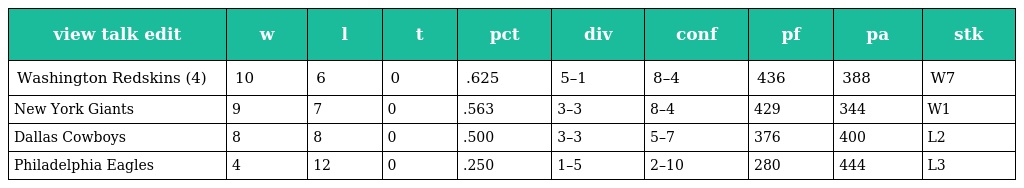
| view talk edit | w | l | t | pct | div | conf | pf | pa | stk |
 | --- | --- | --- | --- | --- | --- | --- | --- | --- | --- |
 | Washington Redskins (4) | 10 | 6 | 0 | .625 | 5–1 | 8–4 | 436 | 388 | W7 |
 | New York Giants | 9 | 7 | 0 | .563 | 3–3 | 8–4 | 429 | 344 | W1 |
 | Dallas Cowboys | 8 | 8 | 0 | .500 | 3–3 | 5–7 | 376 | 400 | L2 |
 | Philadelphia Eagles | 4 | 12 | 0 | .250 | 1–5 | 2–10 | 280 | 444 | L3 |